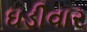
ઘડીવાર